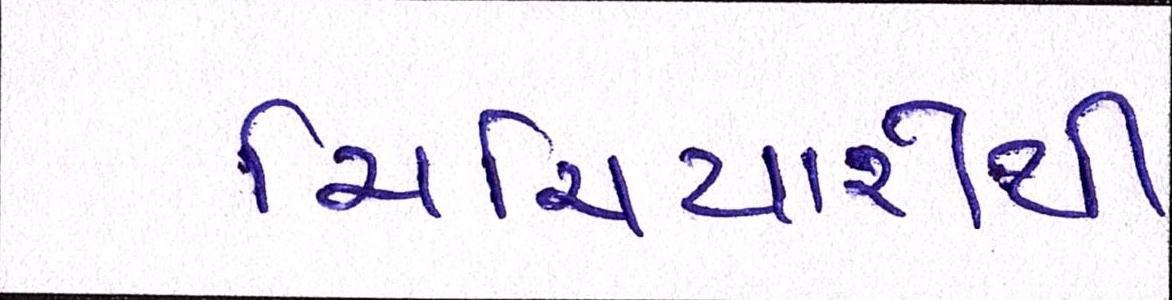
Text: ચિચિયારીથી